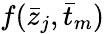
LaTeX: f(\bar{z}_{j},\bar{t}_{m})